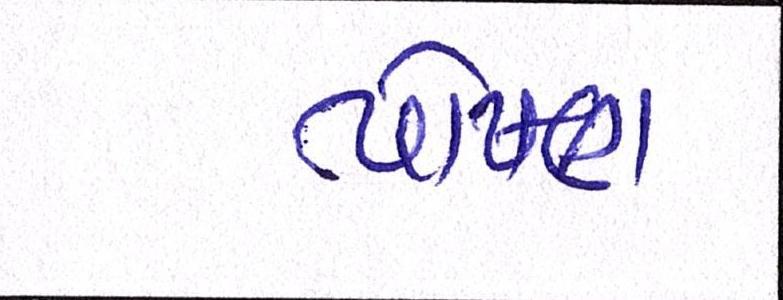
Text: પોષણ